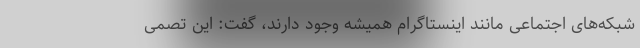
شبکه‌های اجتماعی مانند اینستاگرام همیشه وجود دارند، گفت: این تصمی